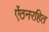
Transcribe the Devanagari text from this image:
ऐंठनरहित